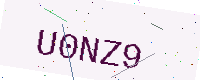
Text: U0NZ9